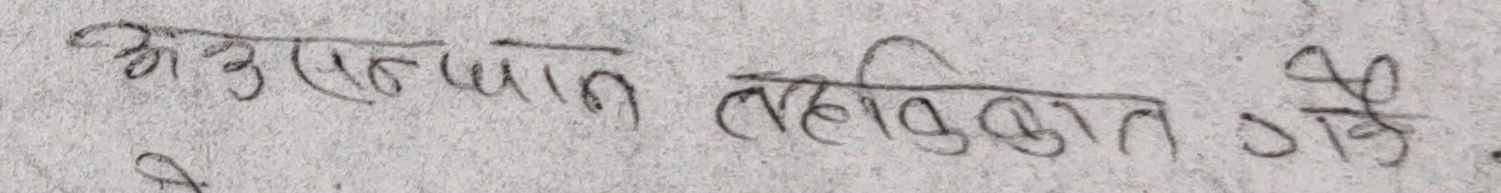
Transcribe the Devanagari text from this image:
अनुसन्धान तहकिकात गर्ने .